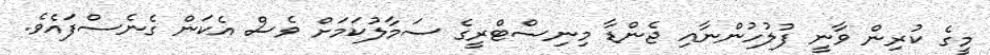
މީގެ ކުރިން ވާނީ ފުލުހުންނާއި ޖެންޑާ މިނިސްޓްރީގެ ސަމާލުކަމަށް ވެސް އެކަން ގެނެސްފައެވެ.